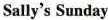
Sally's Sunday